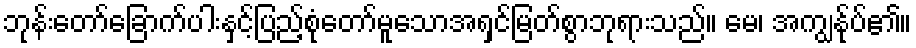
ဘုန်းတော်ခြောက်ပါးနှင့်ပြည့်စုံတော်မူသောအရှင်မြတ်စွာဘုရားသည်။ မေ၊ အကျွန်ုပ်၏။